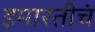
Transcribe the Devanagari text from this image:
इमारतीचं